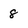
Character: 8